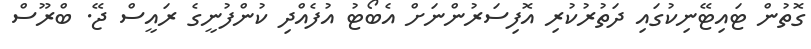
ގޮތުން ޓައިޓޭނިކުގައި ދަތުރުކުރި އޮފިސަރުންނަށް އެބޯޓު އުފެއްދި ކުންފުނީގެ ރައީސް ޖޭ. ބްރޫސް